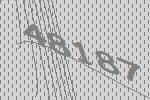
48187